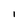
Character: l